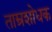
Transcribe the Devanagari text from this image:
ताम्रशोधक